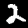
Label: 2